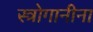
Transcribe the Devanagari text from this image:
स्त्रोगानीना